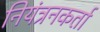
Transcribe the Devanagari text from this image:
नियंत्रनकर्ता